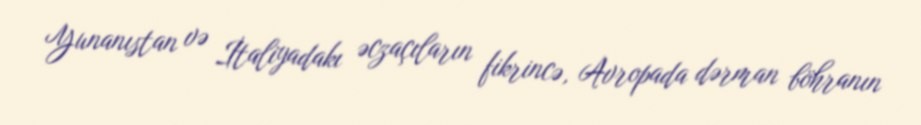
Yunanıstan və İtaliyadakı əczaçıların fikrincə, Avropada dərman böhranın